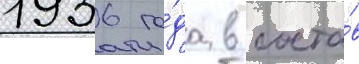
1936 го́да в соста́в